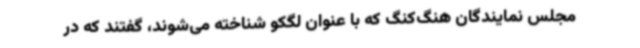
مجلس نمایندگان هنگ‌کنگ که با عنوان لگکو شناخته می‌شوند، گفتند که در